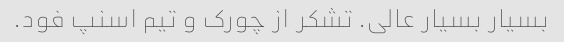
بسیار بسیار عالی. تشکر از چورک و تیم اسنپ فود.